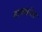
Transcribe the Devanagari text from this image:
हाक्सनेस